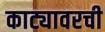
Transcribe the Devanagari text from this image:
काट्यावरची